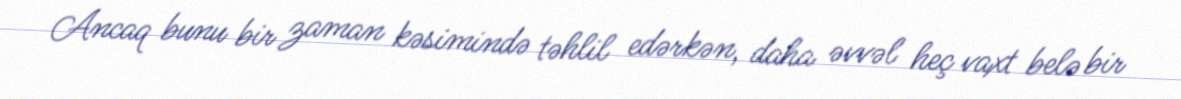
Ancaq bunu bir zaman kəsimində təhlil edərkən, daha əvvəl heç vaxt belə bir